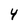
Character: 4